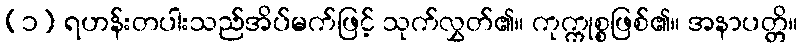
(၁) ရဟန်းတပါးသည်အိပ်မက်ဖြင့် သုက်လွှတ်၏။ ကုက္ကုစ္စဖြစ်၏။ အနာပတ္တိ။